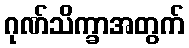
ဂုဏ်သိက္ခာအတွက်